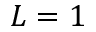
L = 1